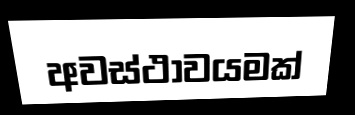
අවස්ථාවයමක්